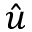
\hat { u }